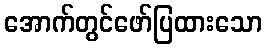
အောက်တွင်ဖော်ပြထားသော